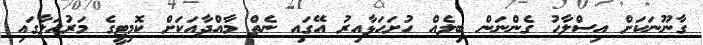
ގާނޫނަކަށް އިސްލާހު ގެންނަން ބިލެއް ހުށަހަޅާއިރު އޭގައި ނެތް މާއްދާއަކަށް ކޮމިޓީގެ މަރުހަލާގައި